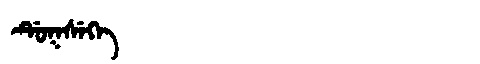
Manchu: ᡩᡠᡴᠰᡝᡴᡝ
Romanization: DUKSEKE